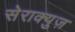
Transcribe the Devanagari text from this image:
सेराक्युज़